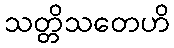
သတ္တိသတေဟိ